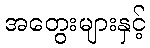
အတွေးများနှင့်